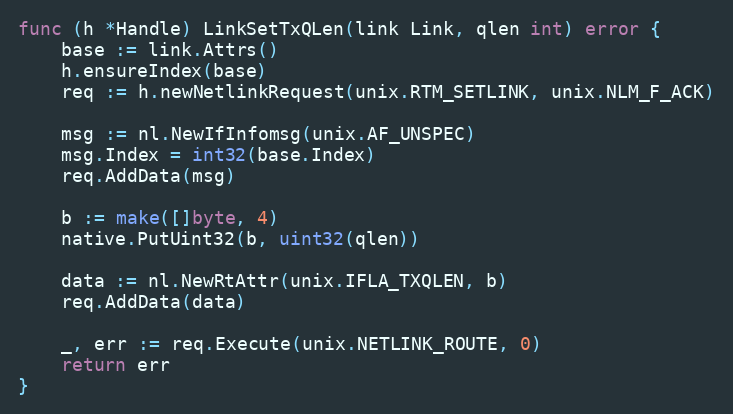
Language: Go
func (h *Handle) LinkSetTxQLen(link Link, qlen int) error {
	base := link.Attrs()
	h.ensureIndex(base)
	req := h.newNetlinkRequest(unix.RTM_SETLINK, unix.NLM_F_ACK)

	msg := nl.NewIfInfomsg(unix.AF_UNSPEC)
	msg.Index = int32(base.Index)
	req.AddData(msg)

	b := make([]byte, 4)
	native.PutUint32(b, uint32(qlen))

	data := nl.NewRtAttr(unix.IFLA_TXQLEN, b)
	req.AddData(data)

	_, err := req.Execute(unix.NETLINK_ROUTE, 0)
	return err
}